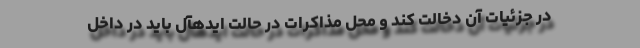
در جزئیات آن دخالت کند و محل مذاکرات در حالت ایدهآل باید در داخل